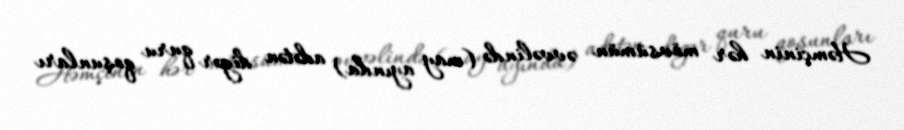
Həmçinin hər mövsümün əvvəlində (may ayında) adətən digər quru qoşunları